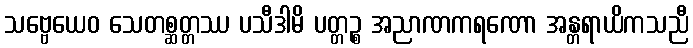
သဗ္ဗေယေဝ သေတစ္ဆတ္တဿ ပသီဒါမိ ပတ္တဉ္စ အညာဏကရဏော အန္တရာယိကသညီ